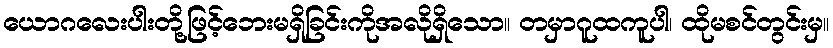
ယောဂလေးပါးတို့ဖြင့်ဘေးမရှိခြင်းကိုအလိုရှိသော။ တမှာဂူထကူပါ၊ ထိုမစင်တွင်းမှ။